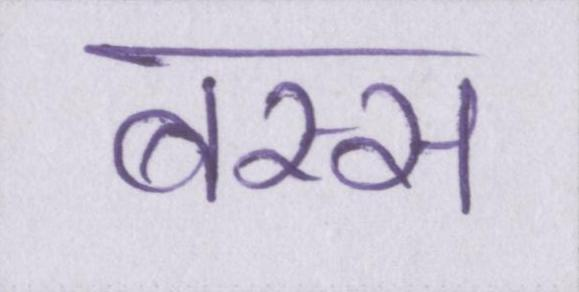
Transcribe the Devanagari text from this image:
बस्स